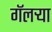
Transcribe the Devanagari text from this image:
गॅलर्‍या